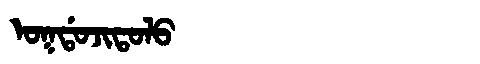
Manchu: ᠣᡴᡩᠣᠵᡳᡨᠣᠯᠣ
Romanization: OKDOJITOLO